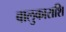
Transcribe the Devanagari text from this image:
बालुकाराशि